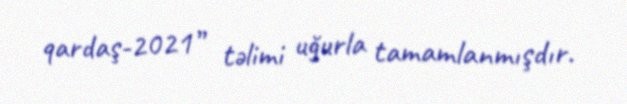
qardaş-2021” təlimi uğurla tamamlanmışdır.